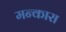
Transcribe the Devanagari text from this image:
मन्कारा